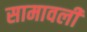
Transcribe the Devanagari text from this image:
सामावली